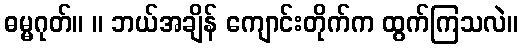
ဓမ္မဂုတ်။ ။ ဘယ်အချိန် ကျောင်းတိုက်က ထွက်ကြသလဲ။